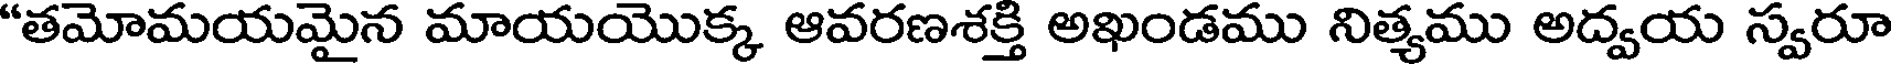
"తమోమయమైన మాయయొక్క ఆవరణశక్తి అఖండము నిత్యము అద్వయ స్వరూ